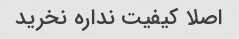
اصلا کیفیت نداره نخرید